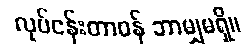
လုပ်ငန်းတာဝန် ဘာမျှမရှိ။